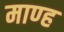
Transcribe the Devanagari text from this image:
माण्ह